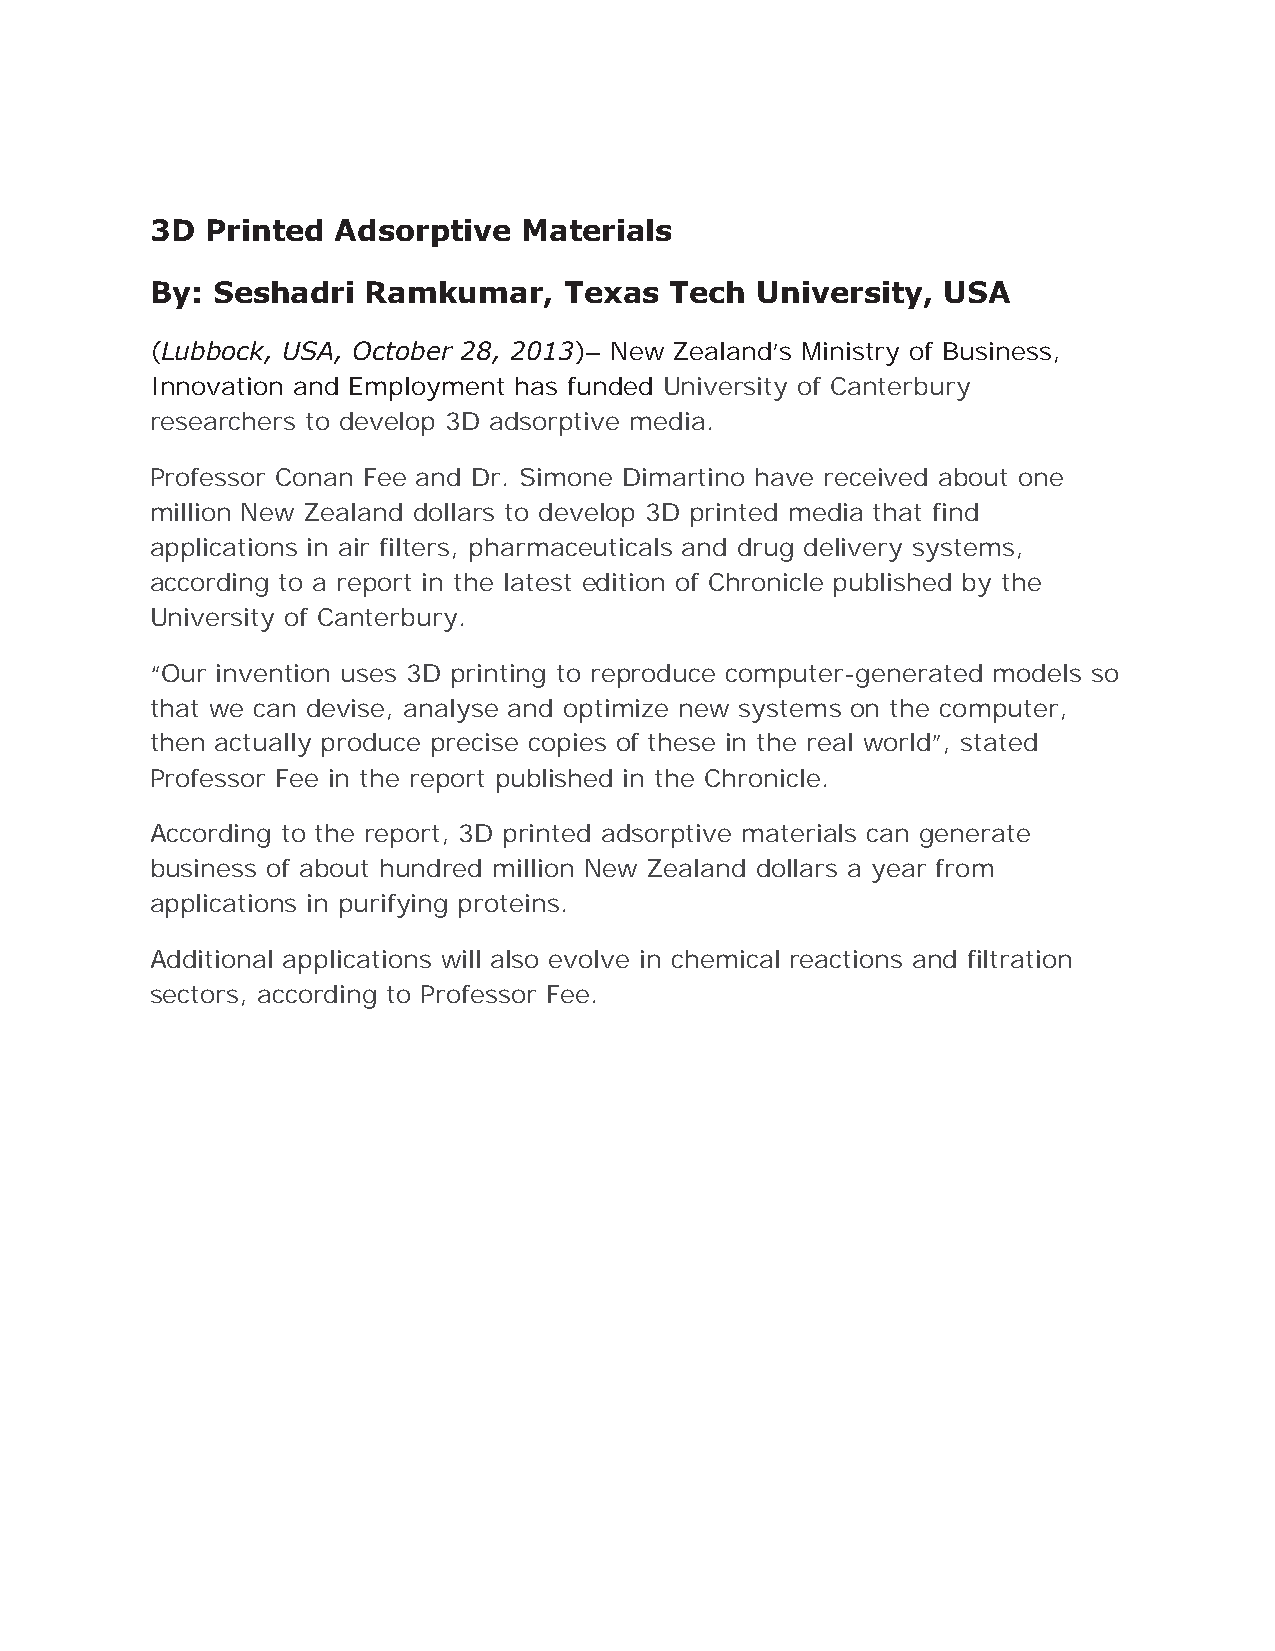
3D  Printed Adsorptive   Materials
 By: Seshadri  Ramkumar,    Texas  Tech  University,  USA
 (Lubbock, USA, October 28, 2013)– New Zealand’s Ministry of Business,
 Innovation and Employment has funded University of Canterbury
 researchers to develop 3D adsorptive media.
 Professor Conan Fee and Dr. Simone Dimartino have received about one
 million New Zealand dollars to develop 3D printed media that find
 applications in air filters, pharmaceuticals and drug delivery systems,
 according to a report in the latest edition of Chronicle published by the
 University of Canterbury.
 “Our invention uses 3D printing to reproduce computer-generated models so
 that we can devise, analyse and optimize new systems on the computer,
 then actually produce precise copies of these in the real world”, stated
 Professor Fee in the report published in the Chronicle.
 According to the report, 3D printed adsorptive materials can generate
 business of about hundred million New Zealand dollars a year from
 applications in purifying proteins.
 Additional applications will also evolve in chemical reactions and filtration
 sectors, according to Professor Fee.